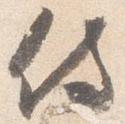
侍